King Institute of Preventive Medicine Bacteriolog. Section reports 1907-08
Year: 1907
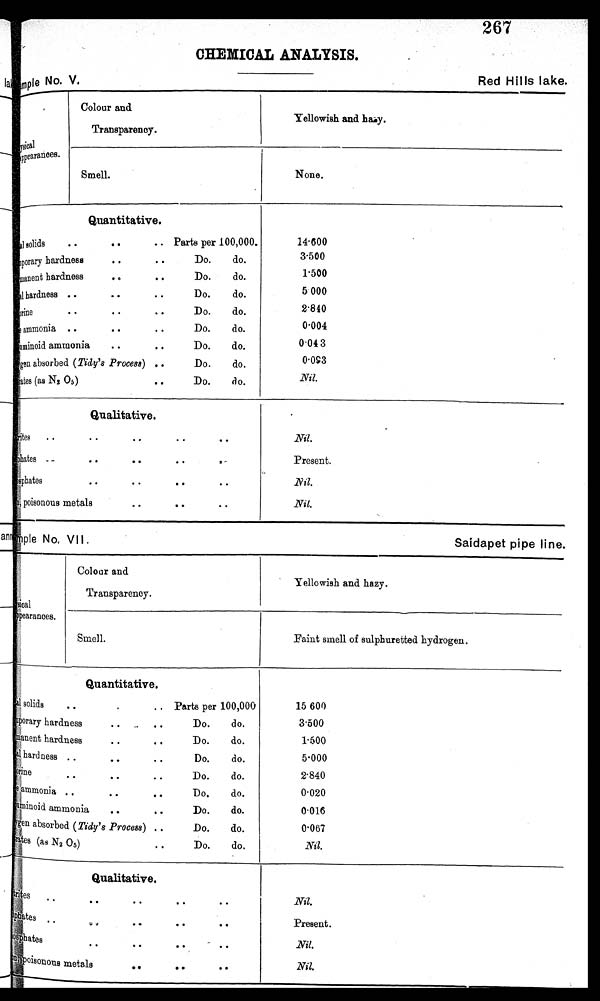
Red Hills lake.
mple No. VII.
Saidapet pipe line.
267
CHEMICAL ANALYSIS.
mple No. V.
yaical ppearances.
Colour and
Transparency.
Yellowish and hazy.
Smell.
None.
Quantitative.
14.600
3.500
1.500
5. 000
2.840
0.004
0.04 3
0.093
Nil.
solids
porary hardness
..
manent hardness
hardness ....
..
•
orine .
ammonia ..
umi noi d ammoni a
gen absorbed (Tidy's Process) ..
ates (as N2 O5)
Parts per 100,000.
Do.
Do.
Do.
Do.
Do.
Do.
Do.
Do.
do.
do.
do.
do.
do.
do.
do.
do.
Qualitative.
Nil.
Present.
Nil.
Nil.
ites
. .
phates ...
phates
poisonous metals
..
..
sical
ppearances.
Colour and
Transparency.
. Yellowish and hazy.
Smell.
Faint smell of sulphuretted hydrogen.
Quantitative.
15 600
3.500
1.500
5.000
2 . 8 4 0
0.020
0.016
0.067
Nil.
solids
porary hardness
h ardness.
rine
ammonia
minoid ammonia
4 •
gen absorbed (Tidy's Process)
tes (as N 2 O5)
Parts per 100,000
Do.
do.
Do.
do.
Do.
do.
Do.
do.
Do,
do.
Do.
do.
Do.
do.
Do.
do.
Qualitative.
Nil
Present.
Nil.
Nil.
tes
phates
phates
poisonous metals